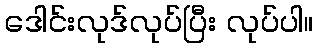
ဒေါင်းလုဒ်လုပ်ပြီး လုပ်ပါ။